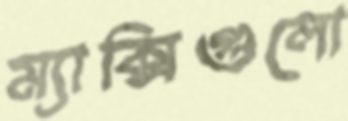
ম্যাক্সিগুলো